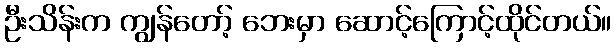
ဦးသိန်းက ကျွန်တော့် ဘေးမှာ ဆောင့်ကြောင့်ထိုင်တယ်။